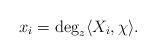
LaTeX: \begin{align*}x_i=\deg_z\langle X_i, \chi\rangle.\end{align*}